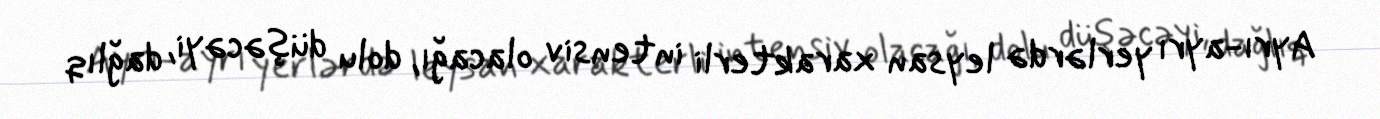
Ayrı-ayrı yerlərdə leysan xarakterli intensiv olacağı, dolu düşəcəyi, dağlıq